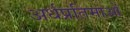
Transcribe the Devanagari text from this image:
अर्धप्रतिमाओं